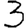
Digit: 3